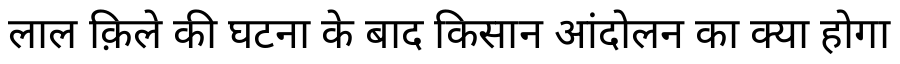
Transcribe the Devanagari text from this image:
लाल क़िले की घटना के बाद किसान आंदोलन का क्या होगा